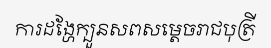
ការដង្ហែក្បួនសពសម្តេចរាជបុត្រី